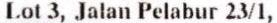
LOT 3, JALAN PELABUR 23/1,